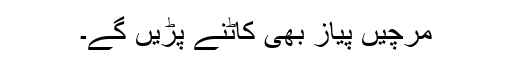
مرچیں پیاز بھی کاٹنے پڑیں گے۔